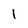
Character: 1